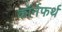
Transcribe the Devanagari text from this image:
कॉर्नफर्थ